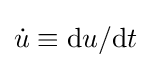
{\dot {u}}\equiv {\text{d}}u/{\text{d}}t